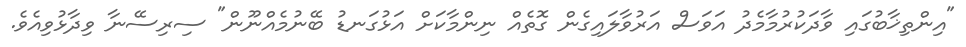
"އިންތިޚާބުގައި ވާދަކުރުމާމެދު އަވަސް އަރުވާލައިގެން ގޮތެއް ނިންމާކަށް އަޅުގަނޑު ބޭނުމެއްނޫން" ސިރިސޭނާ ވިދާޅުވިއެވެ.